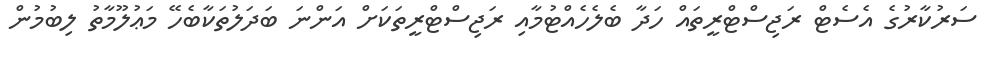
ސަރުކާރުގެ އެސެޓް ރަޖިސްޓްރީތައް ހަދާ ބެލެހެއްޓުމާއި ރަޖިސްޓްރީތަކަށް އަންނަ ބަދަލުތަކާބެހޭ މަޢުލޫމާތު ލިބުމުން